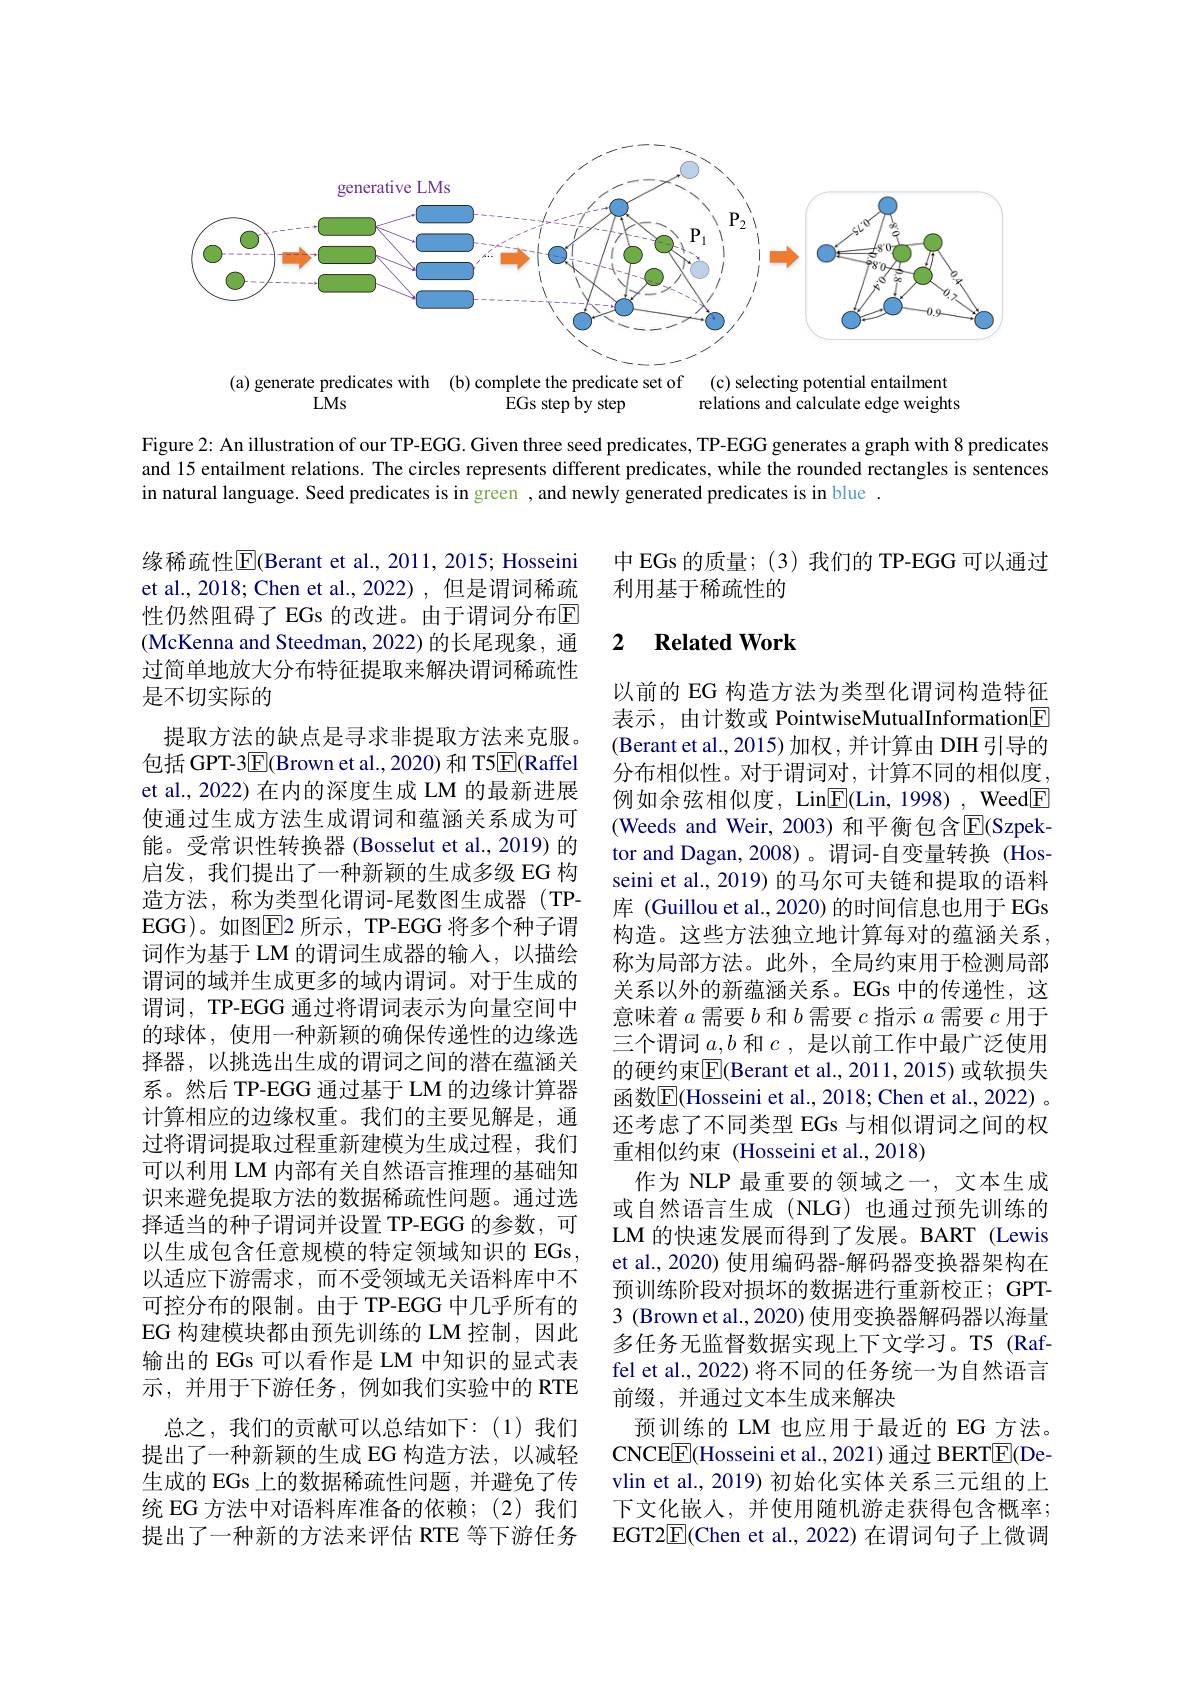
<FigureHere>

Figure 2: An illustration of our TP-EGG. Given three seed predicates, TP-EGG generates a graph with 8 predicates and 15 entailment relations. The circles represents different predicates, while the rounded rectangles is sentences in natural language. Seed predicates is in green , and newly generated predicates is in blue .

中 EGs 的质量；(3) 我们的 TP-EGG 可以通过
利用基于稀疏性的

## 2 Related Work

缘稀疏性$\overline{\mathrm{E}}$(Berant et al., 2011, 2015; Hosseini et al., 2018; Chen et al., 2022) , 但是谓词稀疏性仍然阻碍了 EGs 的改进。由于谓词分布$\mathbb{E}$ (McKenna and Steedman, 2022)的长尾现象，通过简单地放大分布特征提取来解决谓词稀疏性是不切实际的
提取方法的缺点是寻求非提取方法来克服。包括 GPT-3$\underline{\mathrm{E}}($Brown et al.,2020) 和 T5$\underline{\mathrm{E}}($Raffel et al., 2022) 在内的深度生成 LM 的最新进展使通过生成方法生成谓词和蕴涵关系成为可能。受常识性转换器 (Bosselut et al., 2019) 的启发，我们提出了一种新颖的生成多级 EG 构造方法，称为类型化谓词-尾数图生成器(TP-) EGG)。如图$\boxed{\mathrm{F}}$2 所示，TP-EGG 将多个种子谓词作为基于 LM 的谓词生成器的输入，以描绘谓词的域并生成更多的域内谓词。对于生成的谓词，TP-EGG 通过将谓词表示为向量空间中的球体，使用一种新颖的确保传递性的边缘选择器，以挑选出生成的谓词之间的潜在蕴涵关系。然后 TP-EGG 通过基于 LM 的边缘计算器计算相应的边缘权重。我们的主要见解是，通过将谓词提取过程重新建模为生成过程，我们可以利用 LM 内部有关自然语言推理的基础知识来避免提取方法的数据稀疏性问题。通过选择适当的种子谓词并设置 TP-EGG 的参数，可以生成包含任意规模的特定领域知识的 EGs 以适应下游需求，而不受领域无关语料库中不可控分布的限制。由于 TP-EGG 中几乎所有的EG 构建模块都由预先训练的 LM 控制，因此输出的 EGs 可以看作是 LM 中知识的显式表示，并用于下游任务，例如我们实验中的 RTE
总之，我们的贡献可以总结如下：(1)我们提出了一种新颖的生成 EG 构造方法，以减轻生成的 EGs 上的数据稀疏性问题，并避免了传统 EG 方法中对语料库准备的依赖；(2)我们提出了一种新的方法来评估 RTE 等下游任务

以前的 EG 构造方法为类型化谓词构造特征表示，由计数或 PointwiseMutualInformation[F] (Berant et al., 2015) 加权，并计算由 DIH引导的分布相似性。对于谓词对，计算不同的相似度， 例如余弦相似度，Lin$\boxed{\mathrm{E}}($Lin, 1998) , Weed$\boxed{\mathrm{F}}$ (Weeds and Weir, 2003) 和平衡包含$\overline{\mathrm{E}}($Szpektor and Dagan, 2008)。谓词-自变量转换(Hosseini et al., 2019) 的马尔可夫链和提取的语料库 (Guillou et al., 2020) 的时间信息也用于 EGs 构造。这些方法独立地计算每对的蕴涵关系， 称为局部方法。此外，全局约束用于检测局部关系以外的新蕴涵关系。EGs 中的传递性，这意味着$a$需要$b$和$b$需要$c$指示$a$需要$c$用于三个谓词$a,b$和$c$,是以前工作中最广泛使用的硬约束$\overline{\mathrm{E}}($Berant et al., 2011, 2015) 或软损失函数$\boxed{\mathrm{E}}($Hosseini et al., 2018; Chen et al., 2022) 。还考虑了不同类型 EGs 与相似谓词之间的权重相似约束(Hosseini et al., 2018)
作为 NLP 最重要的领域之一，文本生成或自然语言生成(NLG)也通过预先训练的LM 的快速发展而得到了发展。BART (Lewis et al., 2020) 使用编码器-解码器变换器架构在预训练阶段对损坏的数据进行重新校正；GPT- 3 (Brown et al., 2020) 使用变换器解码器以海量多任务无监督数据实现上下文学习。T5 (Raffel et al., 2022) 将不同的任务统一为自然语言前缀，并通过文本生成来解决
预训练的 LM 也应用于最近的 EG 方法。CNCE$\boxed{\mathrm{F}}($Hosseini et al., 2021) 通过 BERT$\boxed{\mathrm{F}}($Devlin et al., 2019) 初始化实体关系三元组的上下文化嵌入，并使用随机游走获得包含概率； EGT2$\overline{\mathrm{E}}($Chen et al., 2022) 在谓词句子上微调